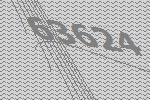
63624